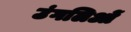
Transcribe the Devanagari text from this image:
उंगलिओं